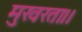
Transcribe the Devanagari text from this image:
मुखरता।।